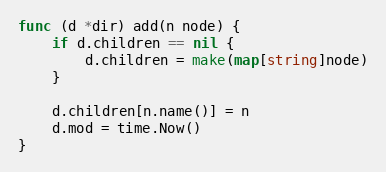
Language: Go
func (d *dir) add(n node) {
	if d.children == nil {
		d.children = make(map[string]node)
	}

	d.children[n.name()] = n
	d.mod = time.Now()
}